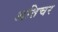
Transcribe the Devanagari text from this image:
अतिचर